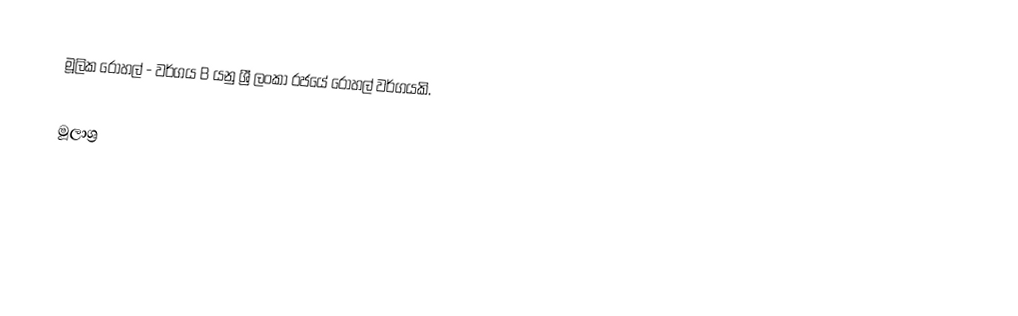
මූලික රෝහල් - වර්ගය B යනු ශ්‍රී ලංකා රජයේ රෝහල් වර්ගයකි.

මූලාශ්‍ර